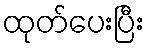
ထုတ်ပေးပြီး